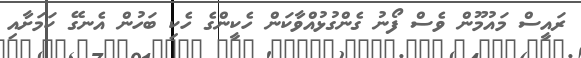
ރައީސް މައުމޫން ވެސް ފޯނު ގެންގުޅުއްވާކަން ހެކީންގެ ހެކި ބަހުން އެނގޭ ކަމަށާއި